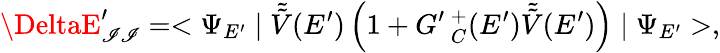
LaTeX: \DeltaE_{\mathscr{I}\mathscr{I}}^{\prime}=<\Psi_{E^{\prime}}\mid\tilde{{\tilde{{V}}}}(E^{\prime})\left(1+G^{\prime}\, _{C}^{+}(E^{\prime})\tilde{{\tilde{{V}}}}(E^{\prime})\right)\mid\Psi_{E^{\prime}}>,